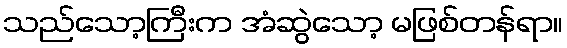
သည်သော့ကြီးက အံဆွဲသော့ မဖြစ်တန်ရာ။